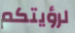
لرؤيتكم